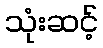
သုံးဆင့်